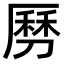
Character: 𠟄